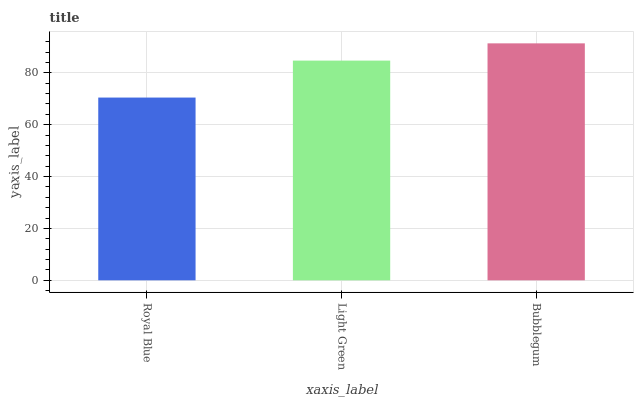
| xaxis_label | bars |
 | --- | --- |
 | Royal Blue | 70.5 |
 | Light Green | 84.7 |
 | Bubblegum | 91.4 |